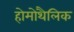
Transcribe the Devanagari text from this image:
होमोथैलिक